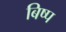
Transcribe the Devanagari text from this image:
बिष्प